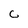
Character: c